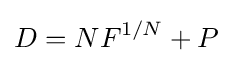
D=NF^{1/N}+P